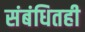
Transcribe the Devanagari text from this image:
संबंधितही